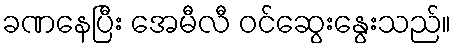
ခဏနေပြီး အေမီလီ ဝင်ဆွေးနွေးသည်။